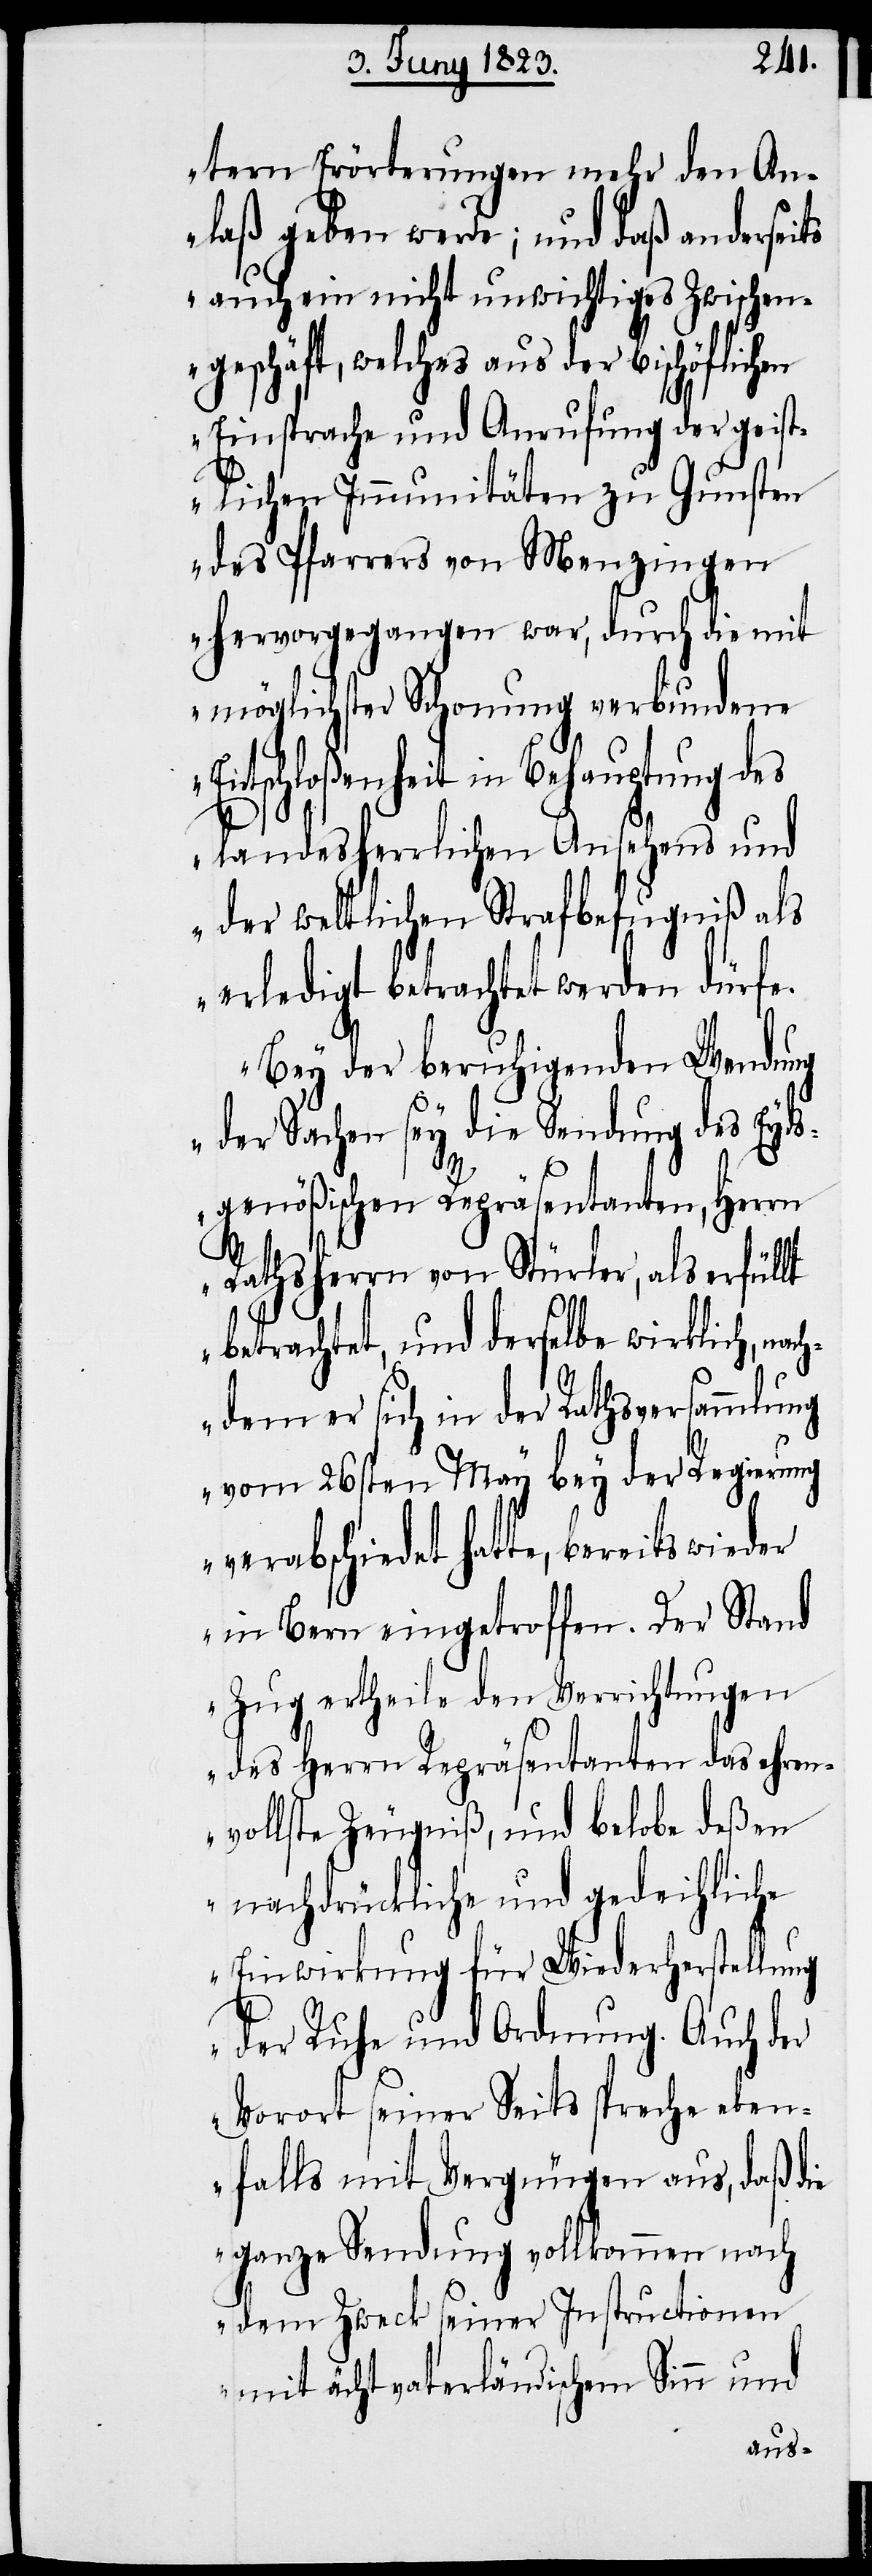
Ent¬
tern Erörterungen mehr den An¬
laß geben werde; und daß anderseits
auch ein nicht unwichtiges Zwischen¬
geschäft, welches aus der bischöflichen
Einsprache und Anrufung der geist¬
lichen Immunitäten zu Gunsten
des Pfarrers von Menzingen
hervorgegangen war, durch die mit
möglichster Schonung verbundene
schloßenheit in Behauptung des
landesherrlichen Ansehens und
der weltlichen Strafbefugniß als
erledigt betrachtet werden dürfe.
Bey der beruhigenden Wendung
der Sachen sey die Sendung des Eyds¬
genößischen Repräsentanten, Herrn
Rathsherrn von Stürler, als erfüllt
betrachtet, und derselbe wirklich, nac¬
hdem er sich in der Rathsversammlung
vom 26sten May bey der Regierung
verabschiedet hatte, bereits
in Bern eingetroffen. Der Stand
Zug ertheile den Verrichtungen
des Herrn Repräsentanten das ehren¬
vollste Zeugniß, und belobe deßen
nachdrückliche und gedeihliche
Einwirkung für Wiederherstellung
der Ruhe und Ordnung. Auch der
Vorort seiner Seits spreche eben¬
falls mit Vergnügen aus, daß die
ganze Sendung vollkommen nach
dem Zweck seiner Instructionen
mit ächt vaterländischem Sinn und